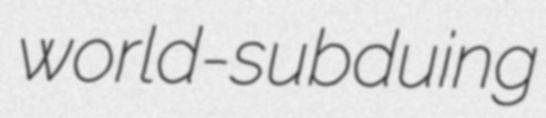
world-subduing